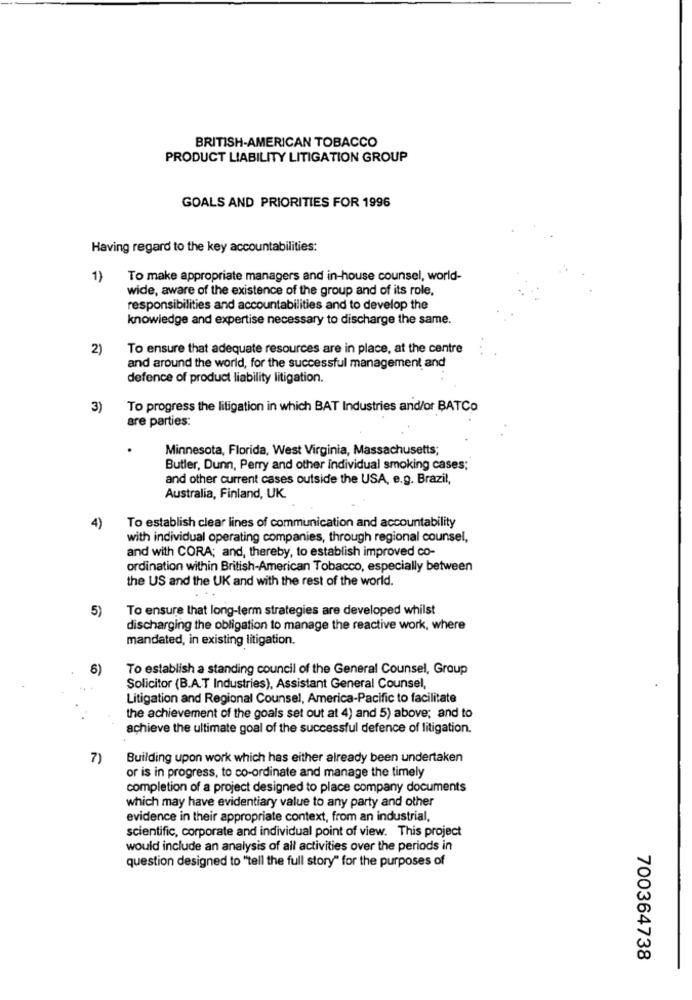
BRITISH-AMERICAN TOBACCO
PRODUCT LIABILITY LITIGATION GROUP
GOALS AND PRIORITIES FOR 1996
Having regard to the key accountabilities:
1)
To make appropriate managers and in-house counsel, world-
wide, aware of the existence of the group and of its role,
responsibilities and accountabilities and to develop the
knowledge and expertise necessary to discharge the same.
2)
To ensure that adequate resources are in place, at the centre
and around the world, for the successful management and
defence of product liability litigation.
3)
To progress the litigation in which BAT Industries and/or BATCo
are parties:
Minnesota, Florida, West Virginia, Massachusetts;
Butler, Dunn, Perry and other individual smoking cases;
and other current cases outside the USA, e.g. Brazil,
Australia, Finland, UK
To establish clear lines of communication and accountability
4)
with individual operating companies, through regional counsel,
and with CORA; and, thereby, to establish improved co-
ordination within British-American Tobacco, especially between
the US and the UK and with the rest of the world.
5)
To ensure that long-term strategies are developed whilst
discharging the obligation to manage the reactive work, where
mandated, in existing litigation.
6)
To establish a standing council of the General Counsel, Group
Solicitor (B.A.T Industries), Assistant General Counsel,
Litigation and Regional Counsel, America-Pacific to facilitate
the achievement of the goals set out at 4) and 5) above; and to
achieve the ultimate goal of the successful defence of litigation.
7)
Building upon work which has either already been undertaken
or is in progress, to co-ordinate and manage the timely
completion of a project designed to place company documents
which may have evidentiary value to any party and other
evidence in their appropriate context, from an industrial,
scientific, corporate and individual point of view. This project
would include an analysis of all activities over the periods in
question designed to "tell the full story" for the purposes of
700364738